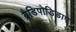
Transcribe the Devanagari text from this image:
ब्रैडिपोडिडाए